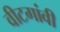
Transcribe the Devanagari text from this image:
वीटगांवी